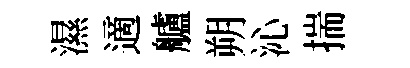
濕適艫朔沁揣